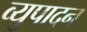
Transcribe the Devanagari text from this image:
व्युपादन